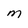
Character: M